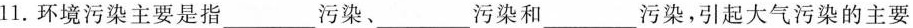
l1。环境污染主要是指_____污染、___污染和____污染，引起大气污染的主要